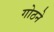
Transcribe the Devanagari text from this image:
गोठने